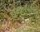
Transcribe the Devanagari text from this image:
धर्मानुप्रागित